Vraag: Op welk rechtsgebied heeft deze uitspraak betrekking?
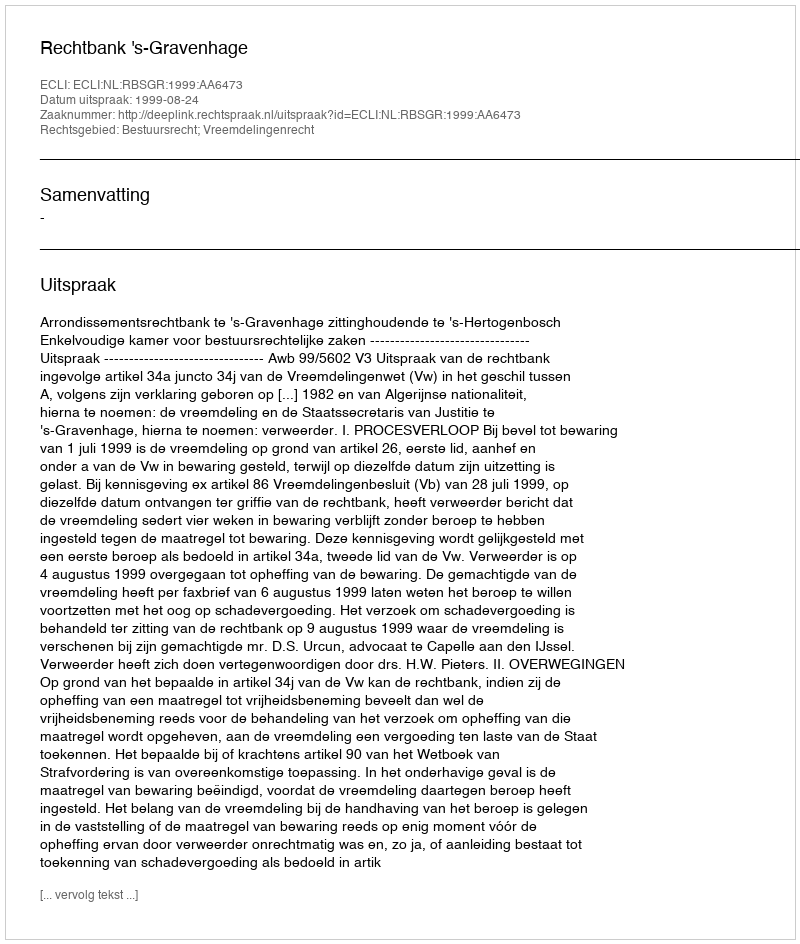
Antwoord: Bestuursrecht; Vreemdelingenrecht